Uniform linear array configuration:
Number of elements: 64
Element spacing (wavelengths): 0.25
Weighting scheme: hann
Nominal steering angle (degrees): -30
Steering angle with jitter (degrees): -28.25
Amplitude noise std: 0.05
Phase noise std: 0.05

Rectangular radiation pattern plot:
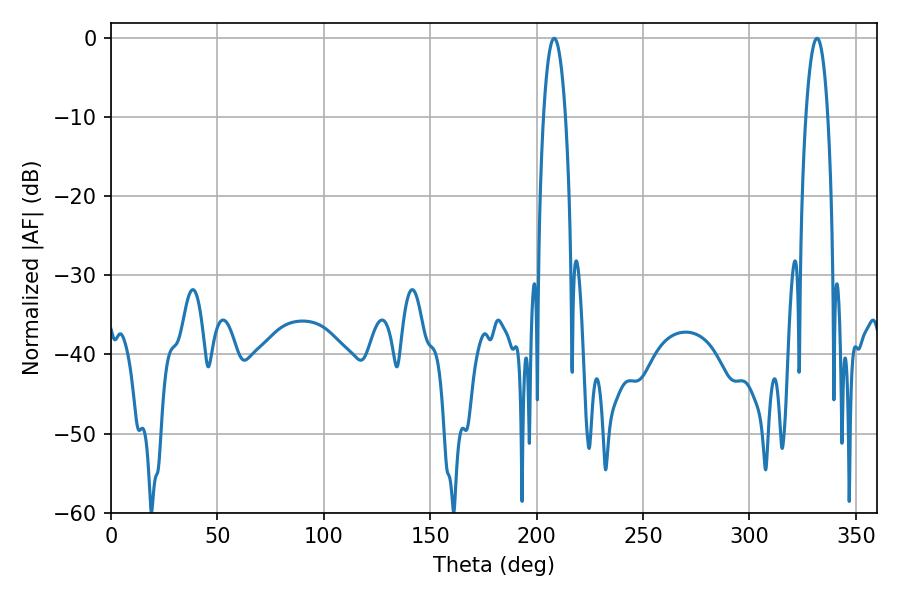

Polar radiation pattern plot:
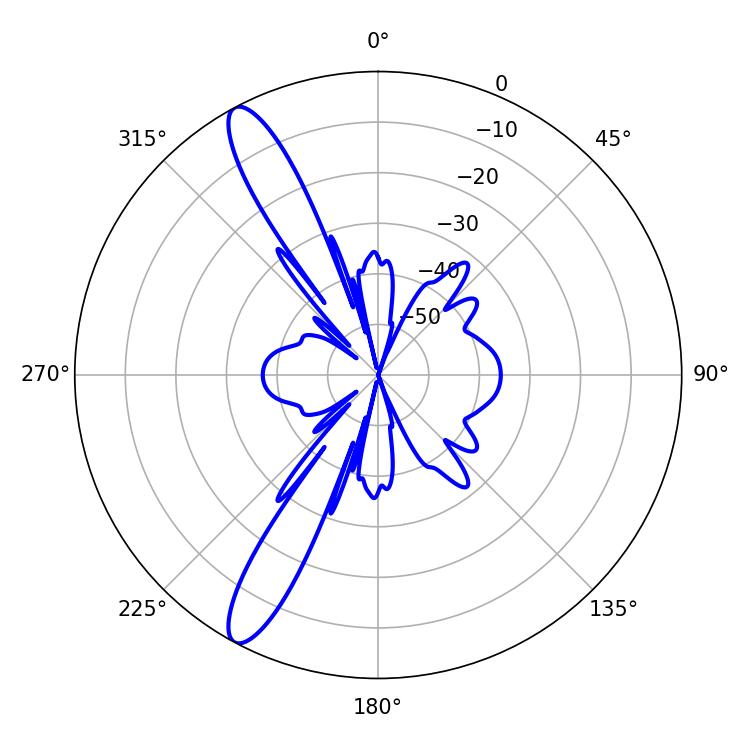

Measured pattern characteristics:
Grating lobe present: FALSE
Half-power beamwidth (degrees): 5.76
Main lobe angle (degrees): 331.74